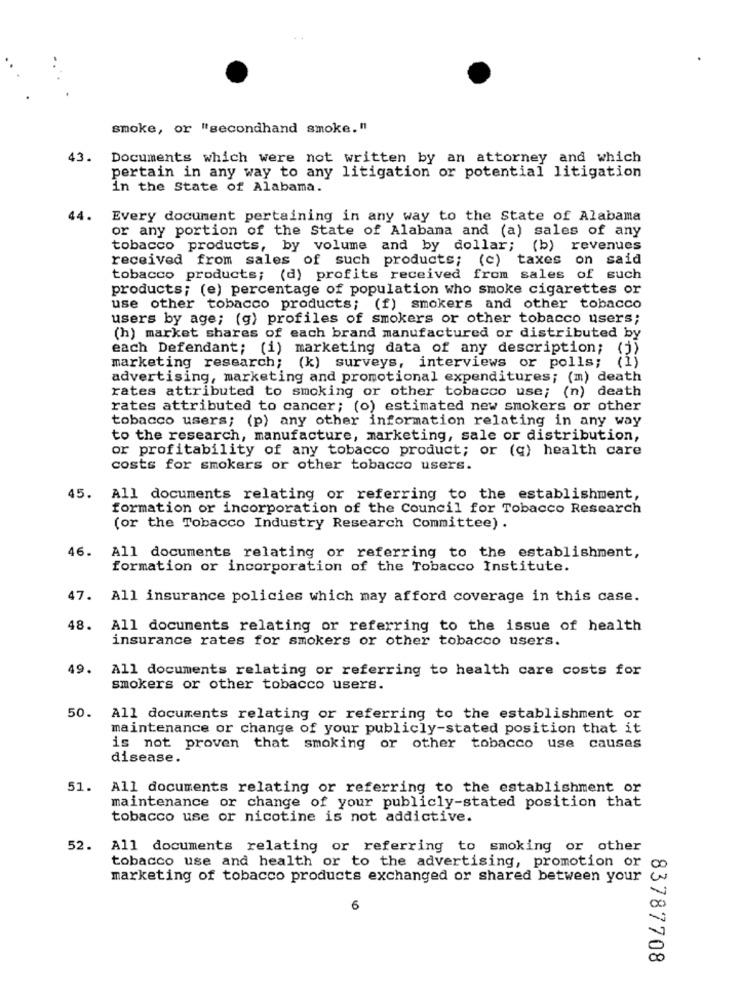
smoke, or "secondhand smoke. "
43.
Documents which were not written by an attorney and which
pertain in any way to any litigation or potential litigation
in the State of Alabama.
44.
Every document pertaining in any way to the State of Alabama
or any portion of the state of Alabama and (a) sales of any
tobacco products, by volume and by dollar; (b) revenues
received from sales of such products; (c) taxes on said
tobacco products; (d) profits received from sales of such
products; (e) percentage of population who smoke cigarettes or
use other tobacco products; (f) smokers and other tobacco
users by age; (g) profiles of smokers or other tobacco users;
(h) market shares of each brand manufactured or distributed by
each Defendant; (i) marketing data of any description; (j)
marketing research; (k) surveys, interviews or polls; (1)
advertising, marketing and promotional expenditures; (m) death
rates attributed to smoking or other tobacco use; (n) death
rates attributed to cancer; (o) estimated new smokers or other
tobacco users; (p) any other information relating in any way
to the research, manufacture, marketing, sale or distribution,
or profitability of any tobacco product; or (q) health care
costs for smokers or other tobacco users.
45. All documents relating or referring to the establishment,
formation or incorporation of the Council for Tobacco Research
(or the Tobacco Industry Research Committee) .
46.
All documents relating or referring to the establishment,
formation or incorporation of the Tobacco Institute.
47.
All insurance policies which may afford coverage in this case.
48.
All documents relating or referring to the issue of health
insurance rates for smokers or other tobacco users.
49.
All documents relating or referring to health care costs for
smokers or other tobacco users.
50.
All documents relating or referring to the establishment or
maintenance or change of your publicly-stated position that it
is not proven that smoking or other tobacco use causes
disease.
51.
All documents relating or referring to the establishment or
maintenance or change of your publicly-stated position that
tobacco use or nicotine is not addictive.
52.
All documents relating or referring to smoking or other
tobacco use and health or to the advertising, promotion or
marketing of tobacco products exchanged or shared between your
6
83787708